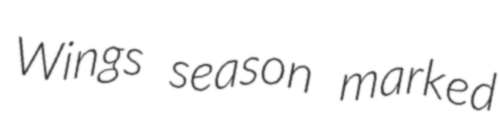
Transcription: Wings season marked